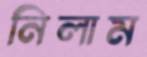
নিলাম